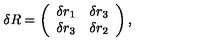
\delta R = \left( \begin{array} { c r c } { \delta r _ { 1 } } & { \delta r _ { 3 } } \\ { \delta r _ { 3 } } & { \delta r _ { 2 } } \\ \end{array} \right) ,